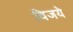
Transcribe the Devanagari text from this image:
विजये